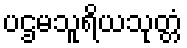
ပဌမသူရိယသုတ္တံ